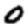
Digit: 0